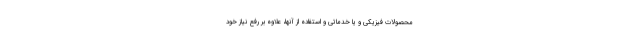
محصولات فیزیکی و یا خدماتی و استفاده از آنها، علاوه بر رفع نیاز خود